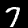
Digit: 7